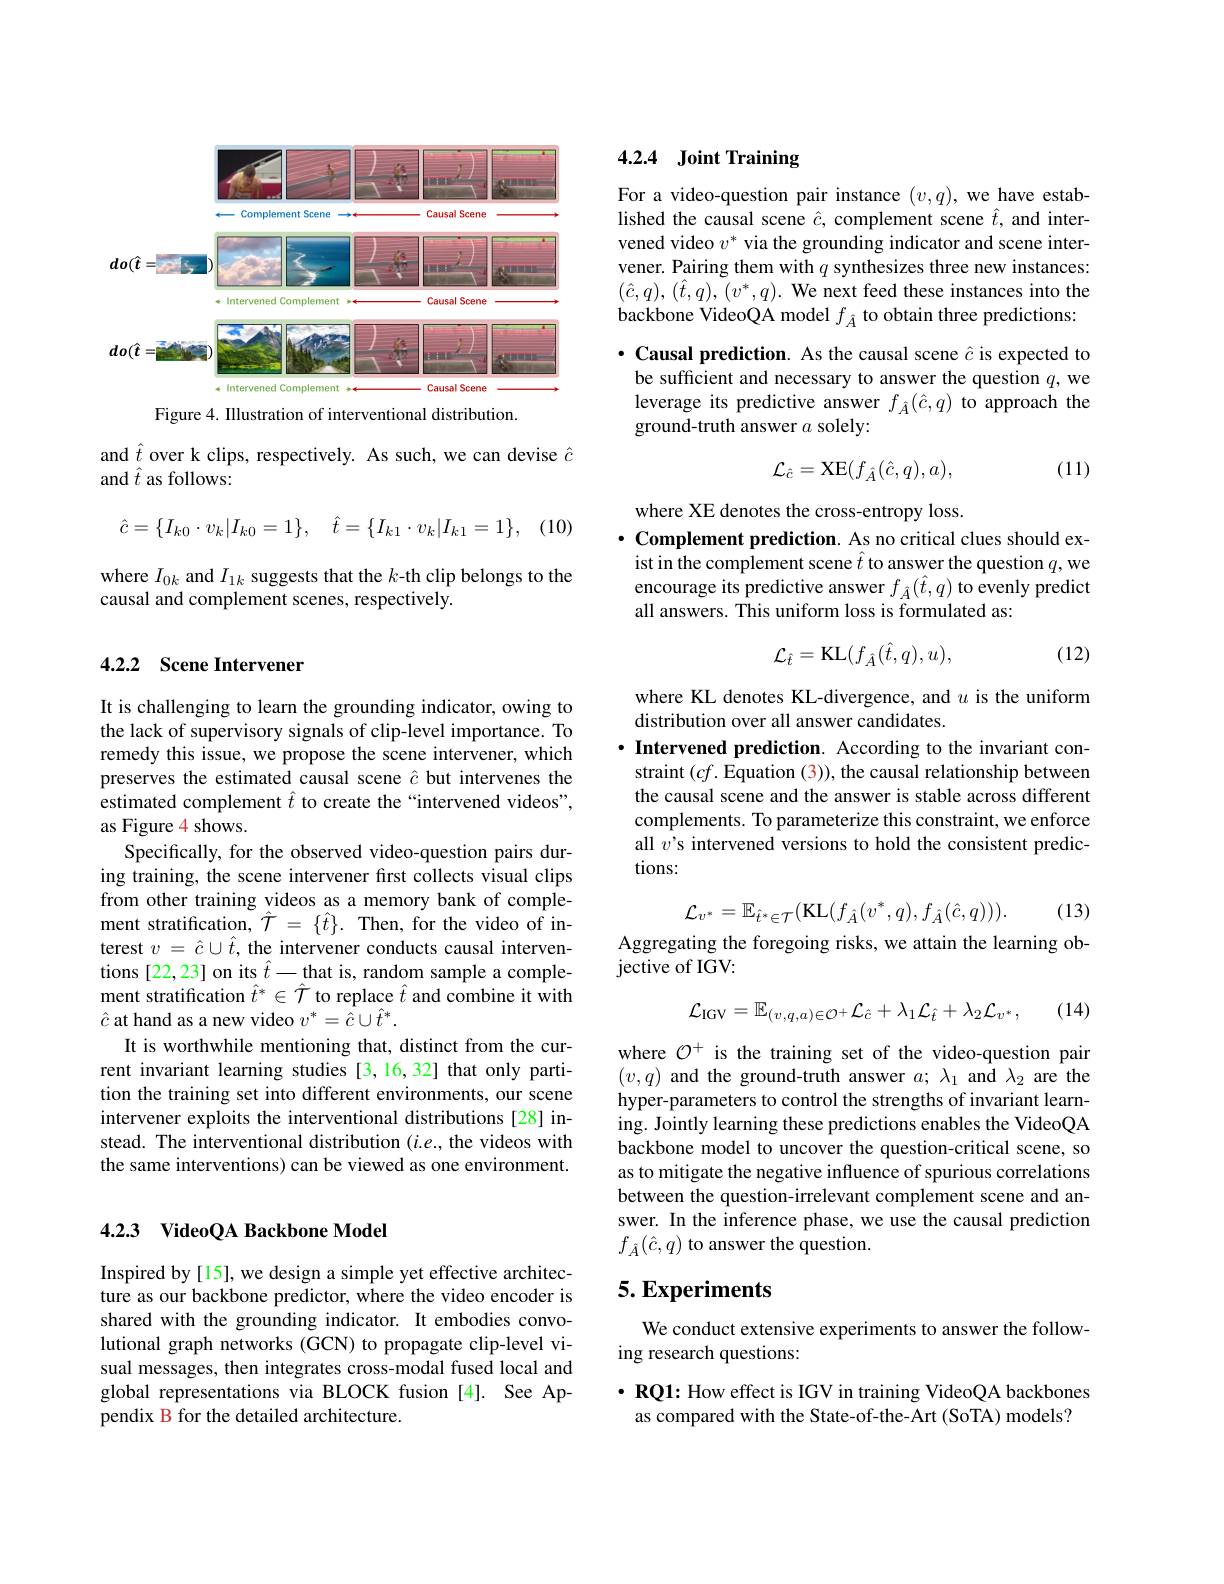
<FigureHere>
Figure 4. IIlustration of interventional distribution.

and $\hat{t}$ over k clips, respectively. As such, we can devise $\hat{c}$
and $\hat{t}$ as follows:

(10)
$$\hat{c}=\{I_{k0}\cdot v_{k}|I_{k0}=1\},\quad\hat{t}=\{I_{k1}\cdot v_{k}|I_{k1}=1\},$$
where $I_{0k}$ and $I_1k$ suggests that the $k$-th clip belongs to the
causal and complement scenes, respectively.

## 4.2.2 Scene Intervener

It is challenging to learn the grounding indicator, owing to the lack of supervisory signals of clip-level importance. To remedy this issue, we propose the scene intervener, which preserves the estimated causal scene $\hat{c}$ but intervenes the estimated complement $\hat{t}$ to create the“intervened videos”, as Figure 4 shows.
Specifically, for the observed video-question pairs during training, the scene intervener first collects visual clips from other training videos as a memory bank of complement stratification, $\hat{\mathcal{T}}=\{\hat{t}\}.$ Then, for the video of interest $v=\hat{c}\cup\hat{t}$, the intervener conducts causal interventions [22,23] on its $\hat{t}-$that is, random sample a complement stratification $\hat{t}^*\in\hat{\mathcal{T}}$ to replace $\hat{t}$ and combine it with $\hat{c}$ at hand as a new video $v^*=\hat{\hat{c}}\cup\hat{t}^*.$
It is worthwhile mentioning that, distinct from the current invariant learning studies [3,16,32] that only partition the training set into different environments, our scene intervener exploits the interventional distributions [28] instead. The interventional distribution $(i.e.$, the videos with the same interventions) can be viewed as one environment.

### 4.2.3 VideoQA Backbone Model

Inspired by [15], we design a simple yet effective architecture as our backbone predictor, where the video encoder is shared with the grounding indicator. It embodies convolutional graph networks (GCN) to propagate clip-level visual messages, then integrates cross-modal fused local and global representations via BLOCK fusion [4]. See Appendix B for the detailed architecture.

# 4.2.4 Joint Training

For a video-question pair instance $(v,q)$, we have established the causal scene $\hat{c}$, complement scene $\hat{t}$, and intervened video $v^*$ via the grounding indicator and scene intervener. Pairing them with $q$ synthesizes three new instances: $(\hat{c},q),(\hat{t},q),(v^{*},q).$ We next feed these instances into the backbone VideoQA model $f_{\hat{A}}$ to obtain three predictions: $\cdot$ Causal prediction. As the causal scene $\hat{c}$ is expected to be sufficient and necessary to answer the question $q$, we leverage its predictive answer $f_{\hat{A}}(\hat{c},q)$ to approach the ground-truth answer $a$ solely:
$$\mathcal{L}_{\hat{c}}=\mathrm{XE}(f_{\hat{A}}(\hat{c},q),a),$$
(11)

where XE denotes the cross-entropy loss.
$\cdot$ Complement prediction. As no critical clues should exist in the complement scene $\hat{t}$ to answer the question $q$,we encourage its predictive answer $f_{\hat{A}}(\hat{t},q)$ to evenly predict all answers. This uniform loss is formulated as:

(12)
$$\mathcal{L}_{\hat{t}}=\mathrm{KL}(f_{\hat{A}}(\hat{t},q),u),$$
where KL denotes KL-divergence, and $u$ is the uniform
distribution over all answer candidates.
$\cdot \textbf{ Intervened prediction. According to the invariant con- }$ straint $(cf.$ Equation (3)), the causal relationship between the causal scene and the answer is stable across different complements. To parameterize this constraint, we enforce all $v’$s intervened versions to hold the consistent predictions:

(13)
$$\mathcal{L}_{v^{*}}=\mathbb{E}_{\hat{t}^{*}\in\mathcal{T}}(\mathrm{KL}(f_{\hat{A}}(v^{*},q),f_{\hat{A}}(\hat{c},q))).$$
Aggregating the foregoing risks, we attain the learning ob-
jective of IGV:

(14)
$$\mathcal{L}_{\mathrm{IGV}}=\mathbb{E}_{(v,q,a)\in\mathcal{O}^{+}}\mathcal{L}_{\hat{c}}+\lambda_{1}\mathcal{L}_{\hat{t}}+\lambda_{2}\mathcal{L}_{v^{*}},$$
where $\mathcal{O}^+$ is the training set of the video-question pair $(v,q)$ and the ground-truth answer $a;\lambda_1$ and $\lambda_2$ are the hyper-parameters to control the strengths of invariant learning. Jointly learning these predictions enables the VideoQA backbone model to uncover the question-critical scene, so as to mitigate the negative influence of spurious correlations between the question-irrelevant complement scene and answer. In the inference phase, we use the causal prediction $f_{\hat{A}}(\hat{c},q)$ to answer the question.

# 5. Experiments

We conduct extensive experiments to answer the follow-
ing research questions:

$\cdot \textbf{RQ1: How effect is IGV in training VideoQA backbones}$ as compared with the State-of-the-Art(SoTA) models?